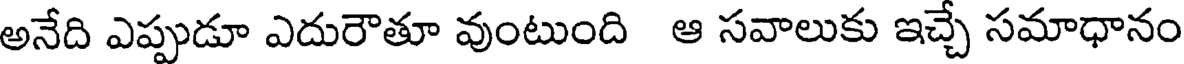
అనేది ఎప్పుడూ ఎదురౌతూ వుంటుంది ఆ సవాలుకు ఇచ్చే సమాధానం